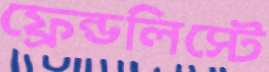
ফ্রেন্ডলিস্টে